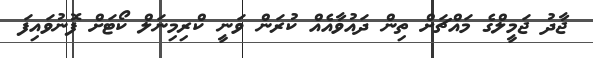
ޖާދު ޖަމީލްގެ މައްޗަށް ތިން ދައުވާއެއް ކުރަން ވަނީ ކްރިމިނަލް ކޯޓަށް ފޮނުވައިފަ